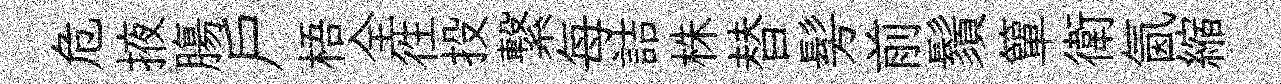
危掖膓戸梧全徃投繋每詰株替髣前鬚簞衛氤縮